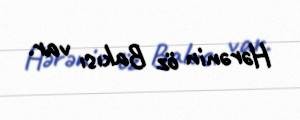
Hərənin öz Bakısı var.